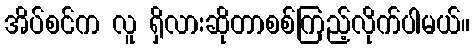
အိပ်စင်က လူ ရှိလားဆိုတာစစ်ကြည့်လိုက်ပါမယ်။